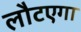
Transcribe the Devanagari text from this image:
लौटएगा